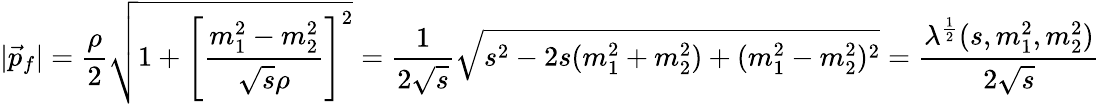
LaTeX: |\vec{p}_{f}|=\frac{\rho}{2}\sqrt{1+\left[\frac{m_{1}^{2}-m_{2}^{2}}{\sqrt{s}\rho}\right]^{2}}=\frac{1}{2\sqrt{s}}\sqrt{s^{2}-2s(m_{1}^{2}+m_{2}^{2})+(m_{1}^{2}-m_{2}^{2})^{2}}=\frac{\lambda^{\frac{1}{2}}(s,m_{1}^{2},m_{2}^{2})}{2\sqrt{s}}